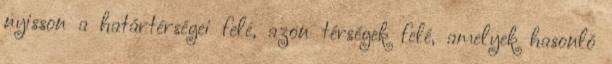
nyisson a határtérségei felé, azon térségek felé, amelyek hasonló